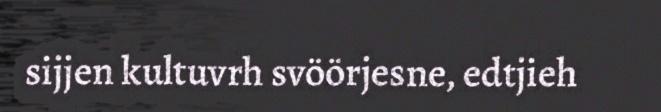
sijjen kultuvrh svöörjesne, edtjieh